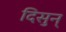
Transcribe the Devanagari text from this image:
दिसुन्